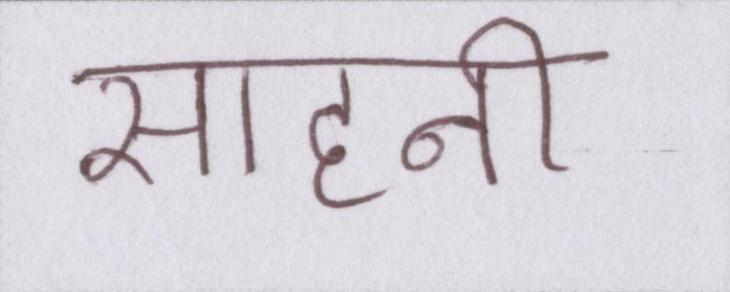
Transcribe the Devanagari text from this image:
साहनी